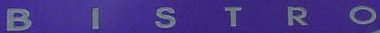
BISTRO